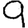
Digit: 9